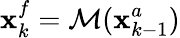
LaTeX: \textbf{x}_{k}^{f}=\mathcal M(\textbf{x}_{k-1}^{a})